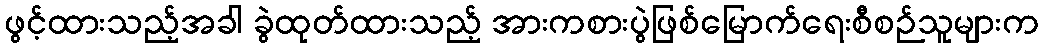
ဖွင့်ထားသည့်အခါ ခွဲထုတ်ထားသည့် အားကစားပွဲဖြစ်မြောက်ရေးစီစဉ်သူများက